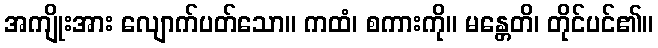
အကျိုးအား လျောက်ပတ်သော။ ကထံ၊ စကားကို။ မန္တေတိ၊ တိုင်ပင်၏။